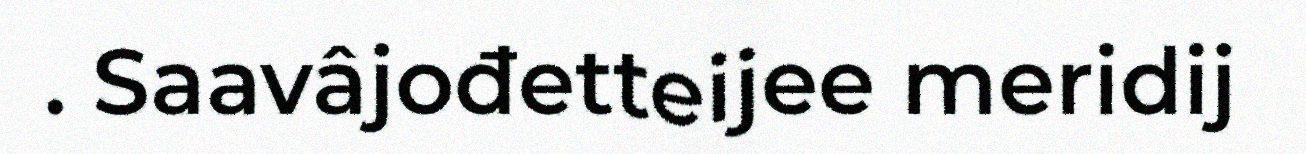
. Saavâjođetteijee meridij